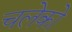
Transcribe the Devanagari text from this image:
चलेको